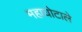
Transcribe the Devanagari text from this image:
महाघोटाले